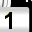
Digit: 1